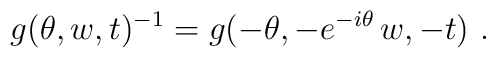
g(\theta,w,t)^{-1} = g(-\theta, - e^{-i\theta}\, w, -t)~.